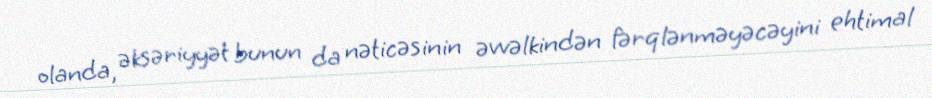
olanda, əksəriyyət bunun da nəticəsinin əvvəlkindən fərqlənməyəcəyini ehtimal